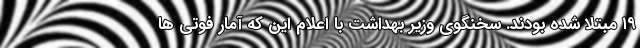
۱۹ مبتلا شده بودند. سخنگوی وزیر بهداشت با اعلام این که آمار فوتی ها